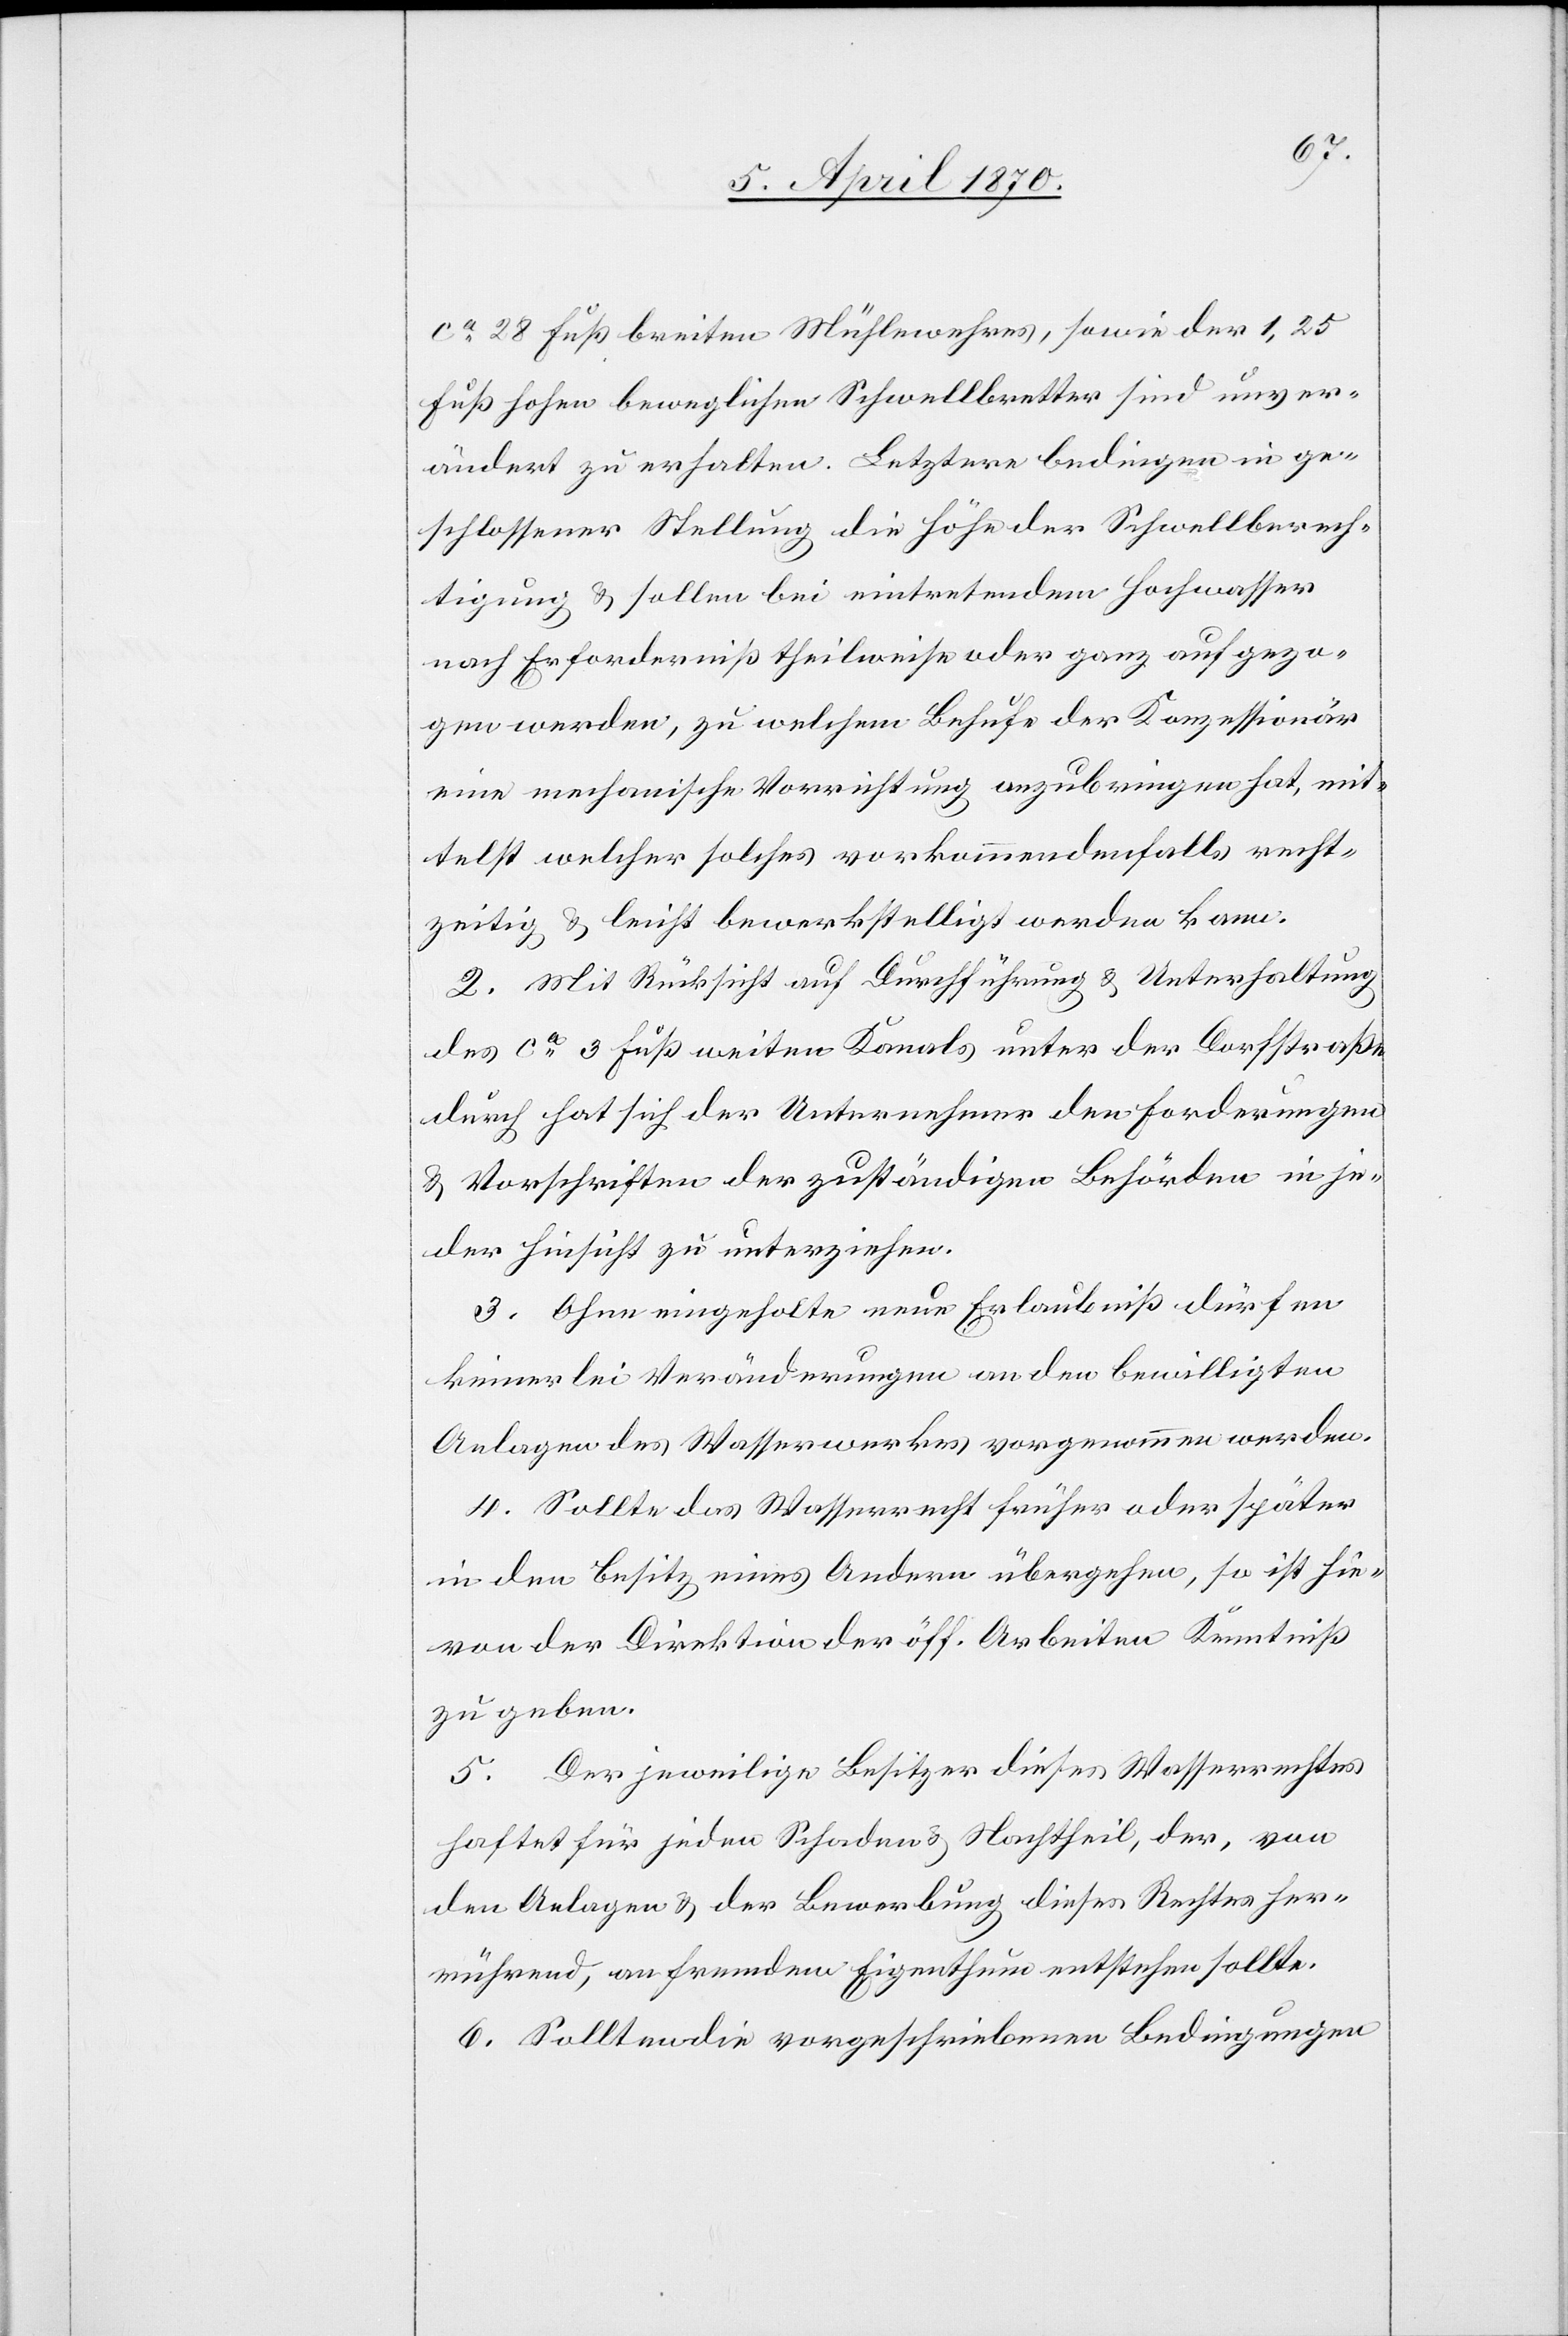
ca 28 Fuß breiten Mühlewehres, sowie der 1,25
Fuß hohen beweglichen Schwellbretter sind unver¬
ändert zu erhalten. Letzere bedingen in ge¬
schlossener Stellung die Höhe der Schwellberech¬
tigung & sollen bei eintretendem Hochwasser
nach Erforderniß theilweise oder ganz aufgezo¬
gen werden, zu welchem Behufe der Konzessionär
eine mechanische Vorrichtung anzubringen hat, mit¬
telst welcher solches vorkommendenfalls recht¬
zeitig & leicht bewerkstelligt werden kann.
2. Mit Rücksicht auf Durchführung & Unterhaltung
des ca 3 Fuß weiten Kanals unter der Dorfstraße
durch hat sich der Unternehmer den Forderungen
& Vorschriften der zuständigen Behörden in je¬
der Hinsicht zu unterziehen.
3. Ohne eingeholte neue Erlaubniß dürfen
keinerlei Veränderungen an den bewilligten
Anlagen des Wasserwerkes vorgenommen werden.
4. Sollte das Wasserrecht früher oder später
in den Besitz eines Andern übergehen, so ist hie¬
von der Direktion der öff. Arbeiten Kenntniß
zu geben.
5. Der jeweilige Besitzer dieses Wasserrechtes
haftet für jeden Schaden & Nachtheil, der, von
den Anlagen & der Bewerbung dieses Rechtes her¬
rührend, an fremdem Eigenthum entstehen sollte.
6. Sollten die vorgeschriebenen Bedingungen